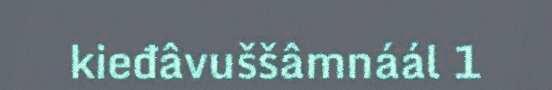
kieđâvuššâmnáál 1